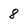
Character: 8